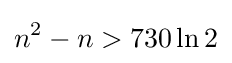
n^{2}-n>730\ln 2